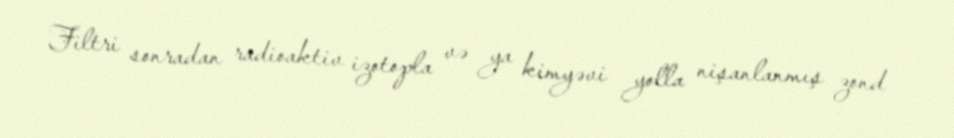
Filtri sonradan radioaktiv izotopla və ya kimyəvi yolla nişanlanmış zond